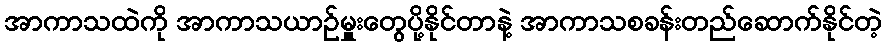
အာကာသထဲကို အာကာသယာဉ်မှူးတွေပို့နိုင်တာနဲ့ အာကာသစခန်းတည်ဆောက်နိုင်တဲ့